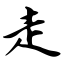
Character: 走